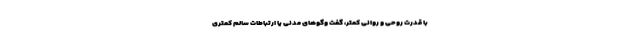
با قدرت روحی و روانی کمتر، گفت و‌گوهای مدنی یا ارتباطات سالم کمتری